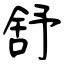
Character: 舒